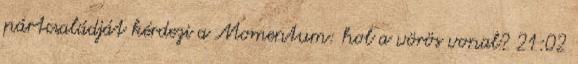
pártcsaládját kérdezi a Momentum: hol a vörös vonal? 21:02